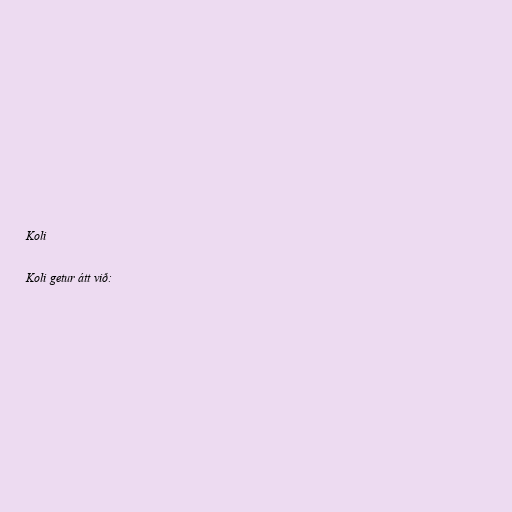
Koli

Koli getur átt við: